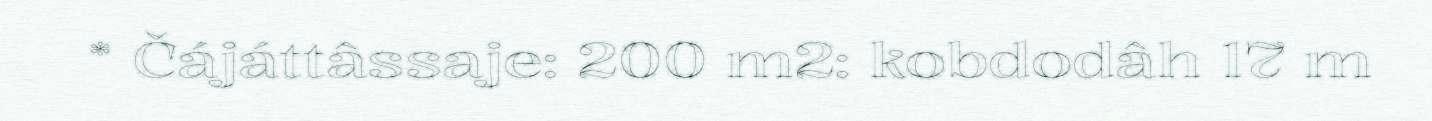
* Čájáttâssaje: 200 m2: kobdodâh 17 m